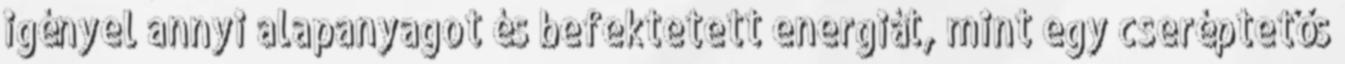
igényel annyi alapanyagot és befektetett energiát, mint egy cseréptetős